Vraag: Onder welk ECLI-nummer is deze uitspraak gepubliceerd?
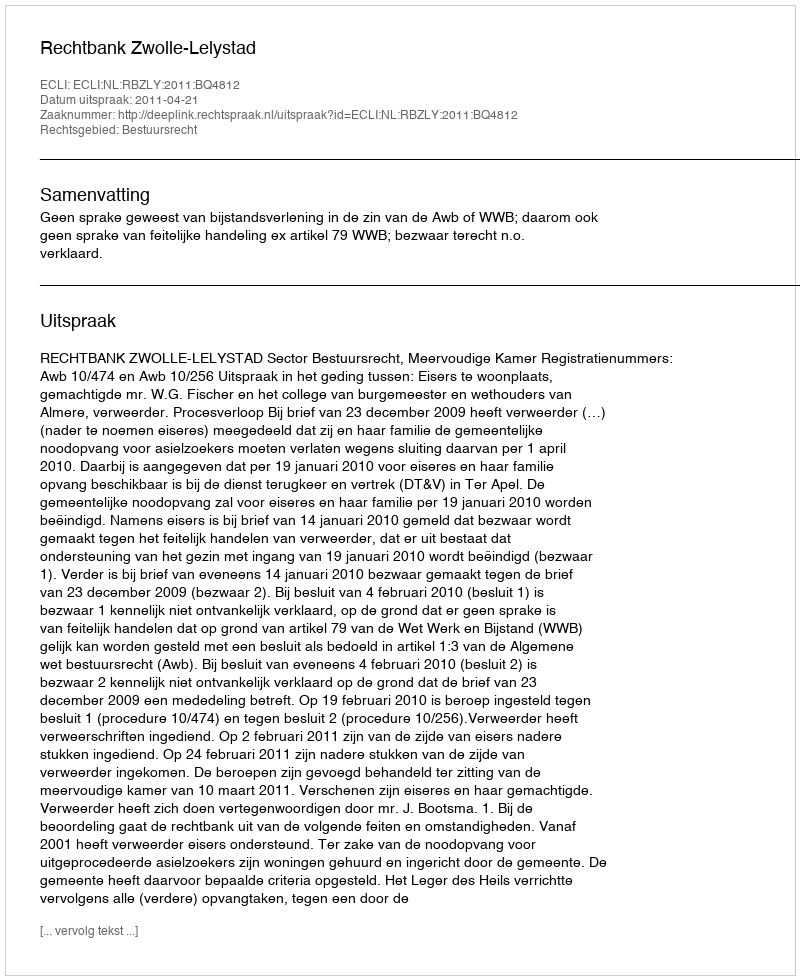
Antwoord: ECLI:NL:RBZLY:2011:BQ4812